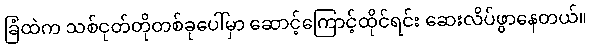
ခြံထဲက သစ်ငုတ်တိုတစ်ခုပေါ်မှာ ဆောင့်ကြောင့်ထိုင်ရင်း ဆေးလိပ်ဖွာနေတယ်။